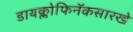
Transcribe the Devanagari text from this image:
डायक्लोफिनॅकसारखे